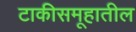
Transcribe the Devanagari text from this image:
टाकीसमूहातील